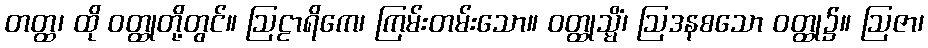
တတ္ထ၊ ထို ဝတ္ထုတို့တွင်။ ဩဠာရိကေ၊ ကြမ်းတမ်းသော။ ဝတ္ထုသ္မိံ၊ ဩဒနစသော ဝတ္ထု၌။ ဩဇာ၊